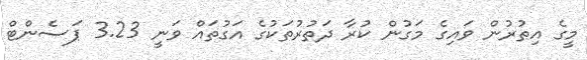
މީގެ އިތުރުން ވައިގެ މަގުން ކުރާ ދަތުރުތަކުގެ އަގުތައް ވަނީ 3.23 ޕަސެންޓް